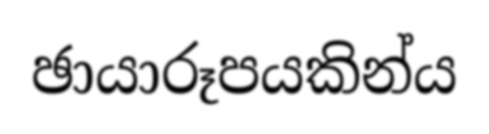
ඡායාරූපයකින්ය